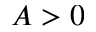
A > 0